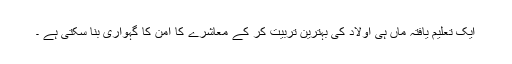
ایک تعلیم یافتہ ماں ہی اولاد کی بہترین تربیت کر کے معاشرے کا امن کا گہواری بنا سکتی ہے ۔